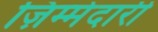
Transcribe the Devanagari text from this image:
ज़िम्मेदारी